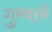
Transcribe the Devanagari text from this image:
गुम्बामे